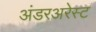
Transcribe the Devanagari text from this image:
अंडरअरेस्ट